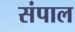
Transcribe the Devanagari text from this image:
संपाल